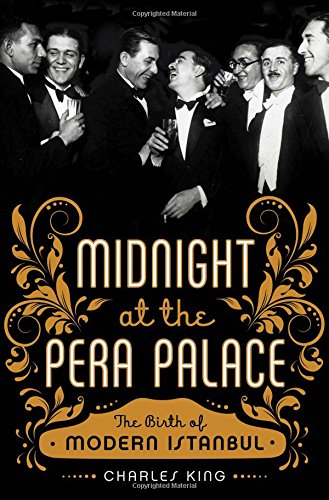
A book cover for Midnight at the Pera Palace: The Birth of Modern Istanbul; Charles King; History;